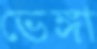
ভেঙ্গা